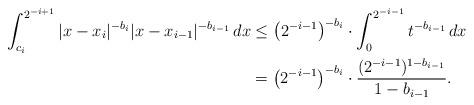
LaTeX: \begin{align*}\int_{c_i}^{2^{-i+1}} |x-x_i|^{-b_i} |x-x_{i-1}|^{-b_{i-1}} \, dx & \leq \left( 2^{-i-1} \right)^{-b_{i}} \cdot \int_{0}^{2^{-i-1}} t^{-b_{i-1}} \, dx \\& = \left( 2^{-i-1} \right)^{-b_{i}} \cdot \frac{(2^{-i-1})^{1-b_{i-1}}}{1-b_{i-1}}.\end{align*}